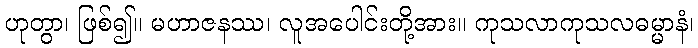
ဟုတွာ၊ ဖြစ်၍။ မဟာဇနဿ၊ လူအပေါင်းတို့အား။ ကုသလာကုသလဓမ္မာနံ၊